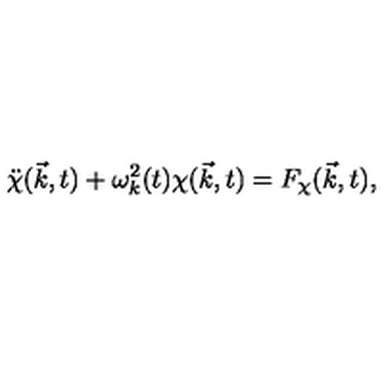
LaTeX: \ddot { \chi } ( \vec { k } , t ) + { \omega } _ { k } ^ { 2 } ( t ) { \chi } ( \vec { k } , t ) = F _ { \chi } ( \vec { k } , t ) ,